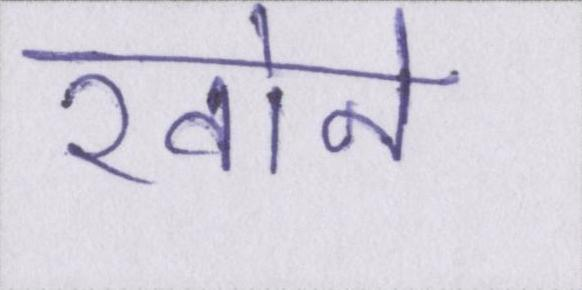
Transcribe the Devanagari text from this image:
खोने